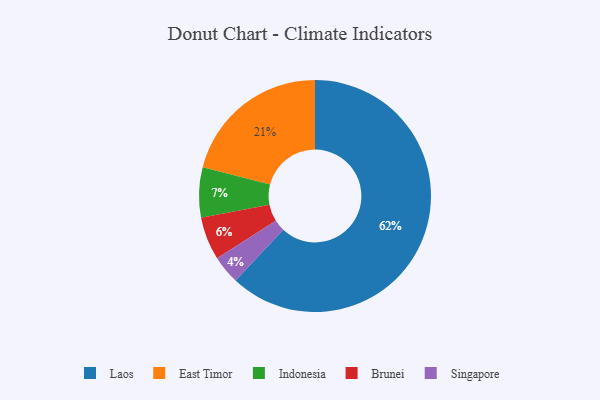
{"axis": {"x": "Category", "y": "Percentage"}, "legend": ["Brunei", "East Timor", "Indonesia", "Laos", "Singapore"], "data": [{"x": "Brunei", "y": 6, "type": "Brunei"}, {"x": "East Timor", "y": 21, "type": "East Timor"}, {"x": "Indonesia", "y": 7, "type": "Indonesia"}, {"x": "Laos", "y": 62, "type": "Laos"}, {"x": "Singapore", "y": 4, "type": "Singapore"}]}